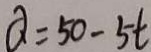
Q = 5 0 - 5 t